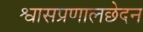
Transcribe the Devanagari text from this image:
श्वासप्रणालछेदन